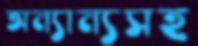
অন্যান্যসহ